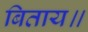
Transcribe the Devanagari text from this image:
बिताय॥